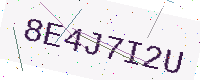
Text: 8E4J7I2U